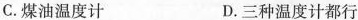
C.煤油温度计 D.三种温度计都行